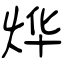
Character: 烨